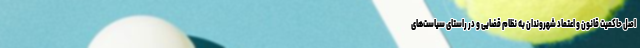
اصل حاکمیت قانون و اعتماد شهروندان به نظام قضایی و در راستای سیاست‌های